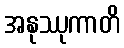
အနုဿုကာတိ